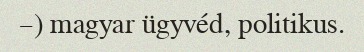
–) magyar ügyvéd, politikus.